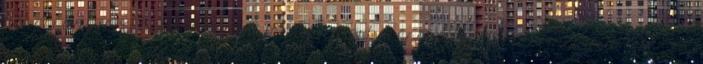
hőbörögni meg borzongani a mostani "erkölcsön". Minden reményem szerint